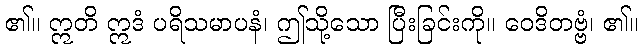
၏။ ဣတိ ဣဒံ ပရိသမာပနံ၊ ဤသို့သော ပြီးခြင်းကို။ ဝေဒိတဗ္ဗံ၊ ၏။